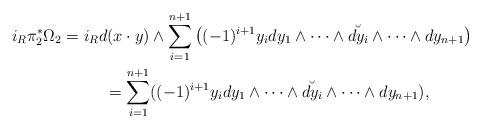
LaTeX: \begin{gather*}i_R \pi_2^*\Omega_2 = i_R d(x\cdot y)\wedge\sum_{i=1}^{n+1}\big((-1)^{i+1}y_idy_1\wedge \cdots \wedge \breve{dy_i} \wedge\cdots \wedge dy_{n+1}\big)\\\hphantom{i_R \pi_2^*\Omega_2 }{} =\sum_{i=1}^{n+1}((-1)^{i+1}y_idy_1\wedge \cdots \wedge \breve{dy_i} \wedge\cdots \wedge dy_{n+1}),\end{gather*}